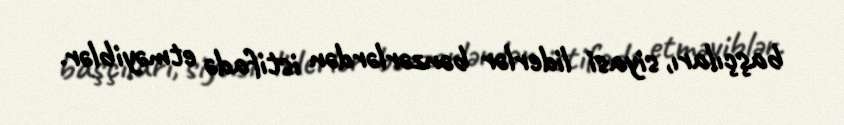
başçıları, siyasi liderlər bənzərlərdən istifadə etməyiblər.